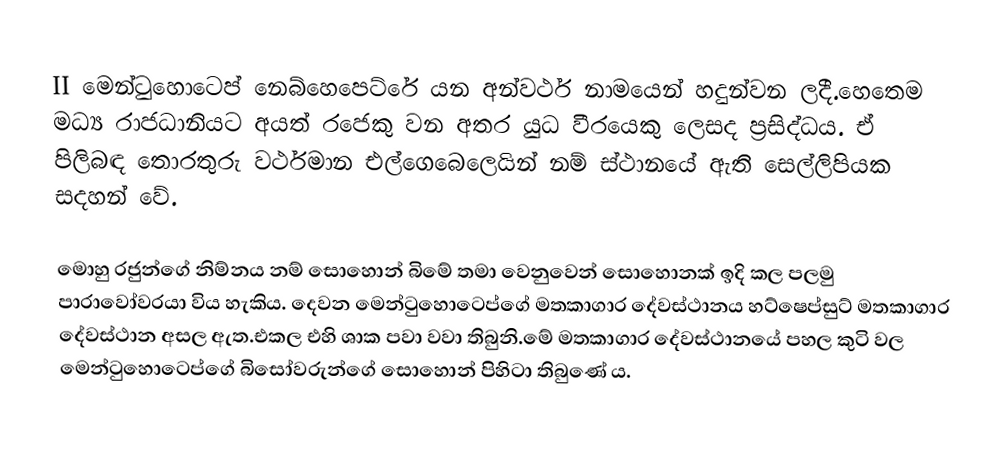
II මෙන්ටුහොටෙප් නෙබ්හෙපෙට්රේ යන අන්වර්ථ නාමයෙන් හදුන්වන ලදී.හෙතෙම මධ්‍ය රාජධානියට අයත් රජෙකු වන අතර යුධ වීරයෙකු ලෙසද ප්‍රසිද්ධය. ඒ පිලිබඳ තොරතුරු වර්ථමාන එල්ගෙබෙලෙයින් නම් ස්ථානයේ ඇති සෙල්ලිපියක සදහන් වේ.

මොහු රජුන්ගේ නිම්නය නම් සොහොන් බිමේ තමා වෙනුවෙන් සොහොනක් ඉදි කල පලමු පාරාවෝවරයා විය හැකිය. දෙවන මෙන්ටුහොටෙප්ගේ මතකාගාර දේවස්ථානය හට්ෂෙප්සුට් මතකාගාර දේවස්ථාන අසල ඇත.එකල එහි ශාක පවා වවා තිබුනි.මේ මතකාගාර දේවස්ථානයේ පහල කුටි වල මෙන්ටුහොටෙප්ගේ බිසෝවරුන්ගේ සොහොන් පිහිටා තිබුණේ ය.